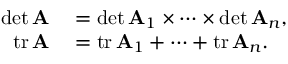
\begin{array} { r l } { \operatorname* { d e t } \mathbf { A } } & { { } = \operatorname* { d e t } \mathbf { A } _ { 1 } \times \cdots \times \operatorname* { d e t } \mathbf { A } _ { n } , } \\ { \operatorname { t r } \mathbf { A } } & { { } = \operatorname { t r } \mathbf { A } _ { 1 } + \cdots + \operatorname { t r } \mathbf { A } _ { n } . } \end{array}